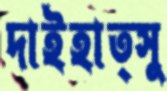
দাইহাত্সু